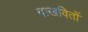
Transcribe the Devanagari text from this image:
दाखवितों